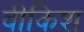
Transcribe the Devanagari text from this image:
वीकिश